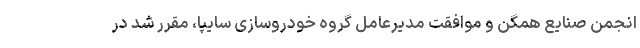
انجمن صنایع همگن و موافقت مدیرعامل گروه خودروسازی سایپا، مقرر شد در